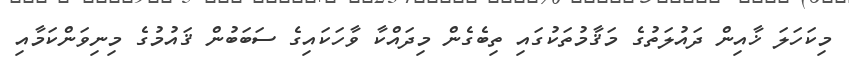
މިކަހަލަ ޚާއިން ދައުލަތުގެ މަޤާމުތަކުގައި ތިބެގެން މިދައްކާ ވާހަކައިގެ ސަބަބުން ޤައުމުގެ މިނިވަންކަމާއި